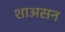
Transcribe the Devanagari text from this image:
शाअसन